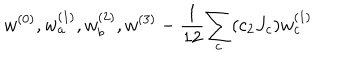
w ^ { ( 0 ) } , w _ { a } ^ { ( 1 ) } , w _ { b } ^ { ( 2 ) } , w ^ { ( 3 ) } - { \frac { 1 } { 1 2 } } { \sum _ { c } ( c _ { 2 } J _ { c } ) w _ { c } ^ { ( 1 ) } }